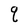
Character: q